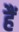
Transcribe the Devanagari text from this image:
हैं